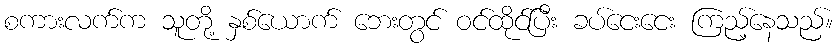
စကားလက်က သူတို့ နှစ်ယောက် ဘေးတွင် ဝင်ထိုင်ပြီး ခပ်ငေးငေး ကြည့်နေသည်။